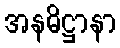
အနဓိဋ္ဌာနာ